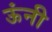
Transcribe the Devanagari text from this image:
ऊंनी